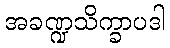
အခဏ္ဍသိက္ခာပဒါ